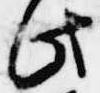
此